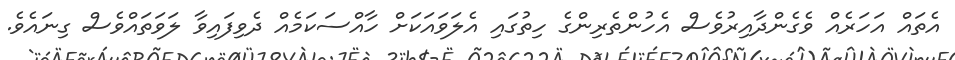
އެތައް އަހަރެއް ވެގެންދާއިރުވެސް އެހުންތެރިންގެ ހިތުގައި އެލަވައަކަށް ހާއްސަކަމެއް ދެވިފައިވާ ލަވަތައްވެސް ގިނައެވެ.